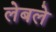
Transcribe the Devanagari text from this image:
लेबले